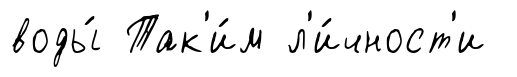
воды́ Так'и́м л'и́чност'и